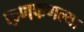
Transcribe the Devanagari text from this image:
फणफणल्या